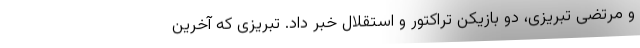
و مرتضی تبریزی، دو بازیکن تراکتور و استقلال خبر داد. تبریزی که آخرین